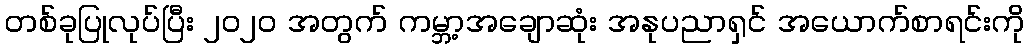
တစ်ခုပြုလုပ်ပြီး ၂၀၂၀ အတွက် ကမ္ဘာ့အချောဆုံး အနုပညာရှင် အယောက်စာရင်းကို